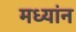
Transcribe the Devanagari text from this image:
मध्यांन